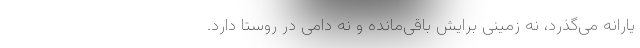
یارانه می‌گذرد، نه زمینی برایش باقی‌مانده و نه دامی در روستا دارد.